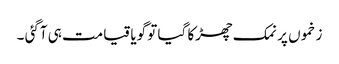
زخموں پر نمک چھڑکا گیا تو گویا قیامت ہی آگئی ۔